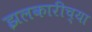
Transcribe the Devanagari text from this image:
झलकारीच्या